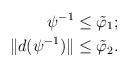
LaTeX: \begin{align*}\psi^{-1} & \leq \tilde \varphi_1; \\\|d(\psi^{-1})\|& \leq \tilde \varphi_2.\end{align*}